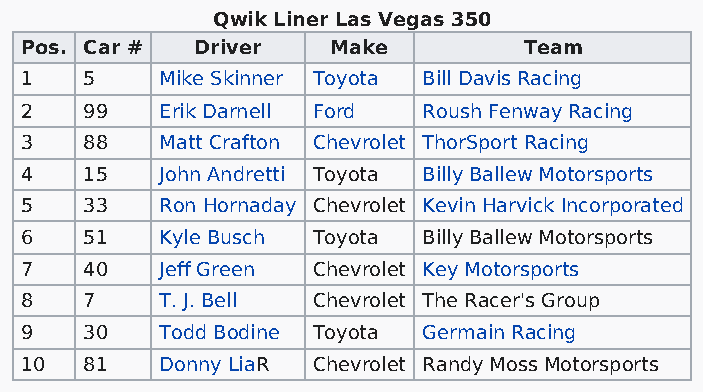
Qwik Liner Las Vegas 350
 Pos. Car #  Driver   Make         Team
 1    5    Mike Skinner Toyota Bill Davis Racing
 2    99   Erik Darnell Ford Roush Fenway Racing
 3    88   Matt Crafton Chevrolet ThorSport Racing
 4    15   John Andretti Toyota Billy Ballew Motorsports
 5    33   Ron Hornaday Chevrolet Kevin Harvick Incorporated
 6    51   Kyle Busch Toyota Billy Ballew Motorsports
 7    40   Jeff Green Chevrolet Key Motorsports
 8    7    T. J. Bell Chevrolet The Racer's Group
 9    30   Todd Bodine Toyota Germain Racing
 10   81   Donny LiaR Chevrolet Randy Moss Motorsports